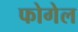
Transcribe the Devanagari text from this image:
फोगेल